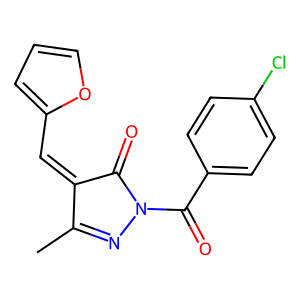
SMILES: CC1=NN(C(=O)c2ccc(Cl)cc2)C(=O)C1=Cc1ccco1
Inhibits HIV replication: No